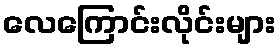
လေကြောင်းလိုင်းများ